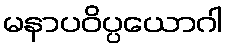
မနာပဝိပ္ပယောဂါ